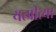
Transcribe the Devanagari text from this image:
यत्प्रीत्या